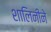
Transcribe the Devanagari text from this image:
शालिनीने